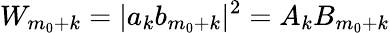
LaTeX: W_{m_{0}+k}=|a_{k}b_{m_{0}+k}|^{2}=A_{k}B_{m_{0}+k}